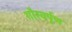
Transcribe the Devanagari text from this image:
गौरवर्पूण